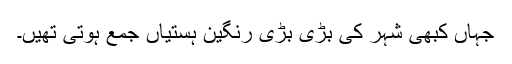
جہاں کبھی شہر کی بڑی بڑی رنگین ہستیاں جمع ہوتی تھیں۔